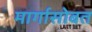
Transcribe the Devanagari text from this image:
मार्गासोबत